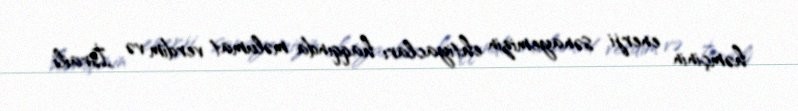
həmçinin enerji sənayemizin ehtiyacları haqqında məlumat verdim və İsraili